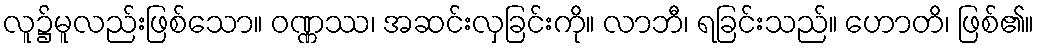
လူ၌မူလည်းဖြစ်သော။ ဝဏ္ဏဿ၊ အဆင်းလှခြင်းကို။ လာဘီ၊ ရခြင်းသည်။ ဟောတိ၊ ဖြစ်၏။